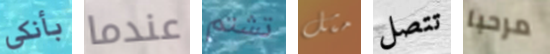
بأنكي عندما تشتم مثل تتصل مرحبا